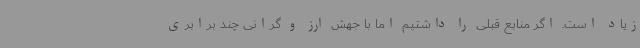
زیاد است. اگر منابع قبلی را داشتیم اما با جهش ارز و گرانی چند برابری